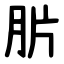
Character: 䏒